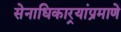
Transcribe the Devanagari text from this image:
सेनाधिकार्‍यांप्रमाणे